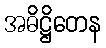
အဓိဋ္ဌိတေန